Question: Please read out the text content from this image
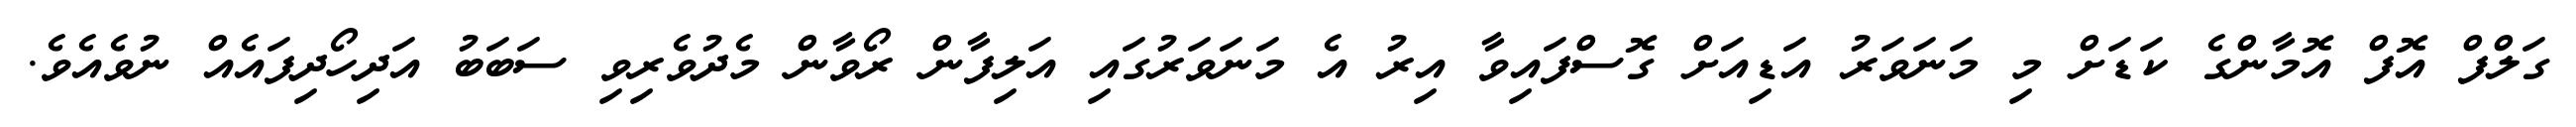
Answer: ގަލްފް އޮފް އޮމާންގެ ކަޑަށް މި މަނަވަރު އަޑިއަށް ގޮސްފައިވާ އިރު އެ މަނަވަރުގައި އަލިފާން ރޯވާން މެދުވެރިވި ސަބަބު އަދިހޯދިފައެއް ނުވެއެވެ.